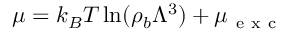
\mu = k _ { B } T \ln ( \rho _ { b } \Lambda ^ { 3 } ) + \mu _ { \mathrm { ~ e ~ x ~ c ~ } }